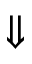
\Downarrow